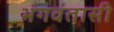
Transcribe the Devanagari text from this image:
भगवंतासी